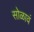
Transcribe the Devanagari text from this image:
सोळावं